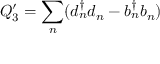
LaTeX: Q _ { 3 } ^ { \prime } = { \sum _ { n } } ( d _ { n } ^ { \dagger } d _ { n } - b _ { n } ^ { \dagger } b _ { n } )